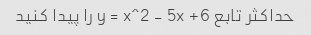
حداکثر تابع y = x^2 - 5x +6 را پیدا کنید